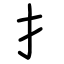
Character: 扌